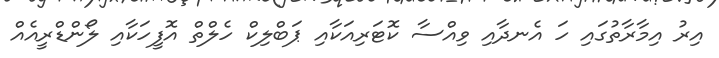
އިރު އިމާރާތުގައި ހަ އެނދާއި ވިއްސާ ކޮޓަރިއަކާއި ޕަބްލިކް ހެލްތް އޮފީހަކާއި ލޯންޑްރީއެއް